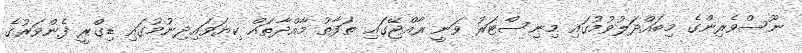
ނޫސްވެރިންގެ މިބައްދަލުވުމުގައި މިނިސްޓަރު ވަނީ ރާއްޖޭގައި ތަފާތު މާއްދާތައް ކިޔަވައިދިނުމުގައި ޑިގްރީ ފެންވަރުގެ